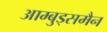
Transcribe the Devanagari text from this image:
आम्बुड्समैन